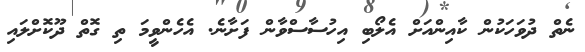
ނެތް ދުވަހަކުން ކާއިންއަށް އެލޯބި އިހުސާސްވާން ފަށާނެ. އެހެންވީމަ ތި ގޮތް ދޫކޮށްލައި